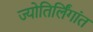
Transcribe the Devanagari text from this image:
ज्योतिर्लिंगांत